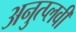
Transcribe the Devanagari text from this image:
अनुत्प्लवी